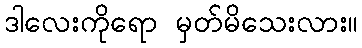
ဒါလေးကိုရော မှတ်မိသေးလား။